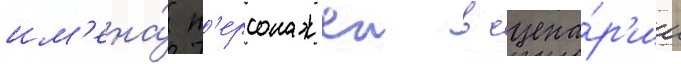
им'ена́ п'ерсонажеи в сцена́р'ии